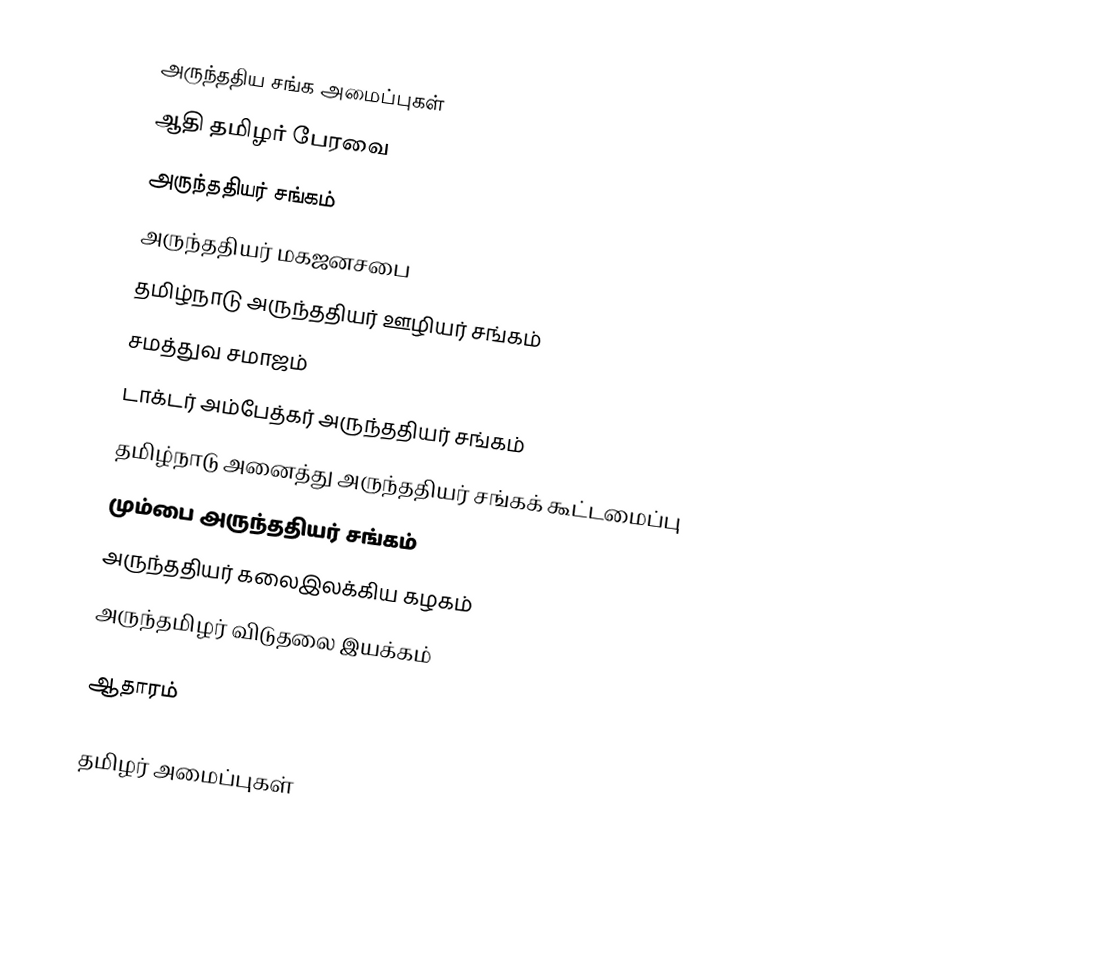
அருந்ததிய சங்க அமைப்புகள்
ஆதி தமிழர் பேரவை
 அருந்ததியர் சங்கம்
 அருந்ததியர் மகஜனசபை
 தமிழ்நாடு அருந்ததியர் ஊழியர் சங்கம்
 சமத்துவ சமாஜம்
 டாக்டர் அம்பேத்கர் அருந்ததியர் சங்கம்
 தமிழ்நாடு அனைத்து அருந்ததியர் சங்கக் கூட்டமைப்பு
 மும்பை அருந்ததியர் சங்கம்
 அருந்ததியர் கலைஇலக்கிய கழகம்
 அருந்தமிழர் விடுதலை இயக்கம்

ஆதாரம்

தமிழர் அமைப்புகள்